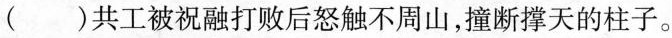
( )共工被祝融打败后怒触不周山，撞断撑天的柱子。